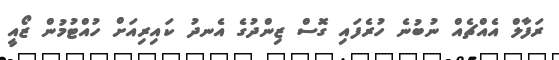
ރަފާލް އެއްޗެއް ނުބުނެ ހުރެފައި ގޮސް ޒިންދުގެ އެނދު ކައިރިއަށް ހުއްޓުމުން ޒޯއީ